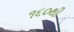
૧૬૦થી